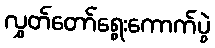
လွှတ်တော်ရွေးကောက်ပွဲ